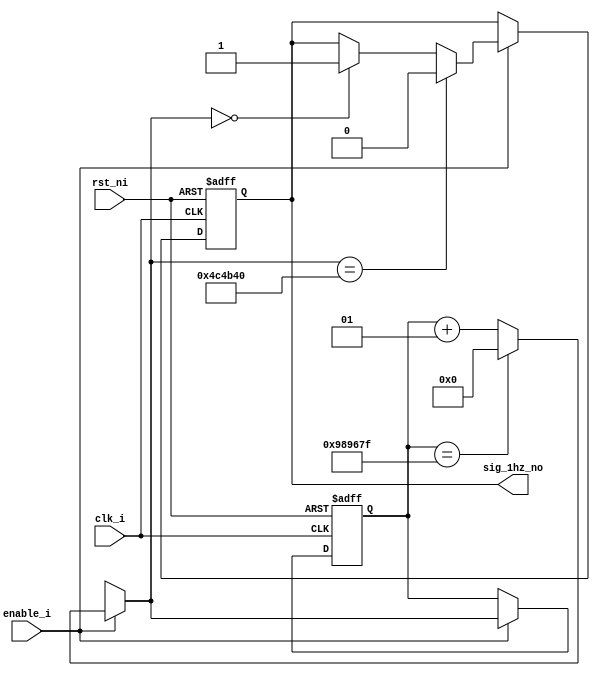
module divider(clk_i, enable_i, rst_ni, sig_1hz_no);
		//kierunki portw
		input clk_i, enable_i, rst_ni; 
		output sig_1hz_no; 
		reg sig_1hz_no; //sygna rejesrowy 
		integer counter; //sygna wewntrzny
		parameter DivRatio=10000000;  //deklaracja parametru
		
		always @(posedge clk_i or negedge rst_ni)  //opis dziaania
			if (!rst_ni) //cz asynchroniczna
				begin 
					counter=0;
					sig_1hz_no=1'b1;
				end
		
		else //cz synchroniczna
				if(enable_i==1'b1)
					begin 
						if(counter==DivRatio - 1)
							counter=0;
						else
							counter=counter + 1;

						if(counter==0) //obsuga sygnau wyjciowego
							sig_1hz_no=1'b1;
						if(counter==DivRatio/2)
							sig_1hz_no=1'b0;
					end
		
		
endmodule